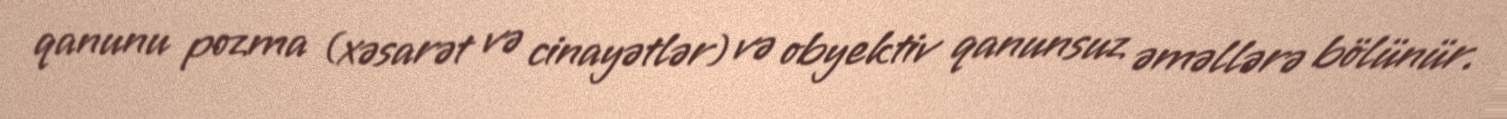
qanunu pozma (xəsarət və cinayətlər) və obyektiv qanunsuz əməllərə bölünür.